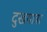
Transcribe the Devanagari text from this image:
दुखयात्रा